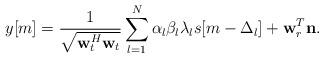
LaTeX: \begin{align*}y[m]= \frac{1}{{\sqrt {{\bf{w}}_t^H{{\bf{w}}_t}} }}\sum\limits_{l = 1}^N {{\alpha _l}{\beta _l}{\lambda _l}s[m-\Delta_l]} +{\bf{w}}_r^T{\bf{n}}.\end{align*}